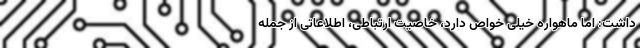
داشت: اما ماهواره خیلی خواص دارد، خاصیت ارتباطی، اطلاعاتی از جمله